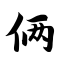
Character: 俩